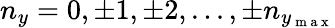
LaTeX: n_{y}=0,\pm 1,\pm 2,...,\pm n_{y_{\mathrm{~m~a~x~}}}